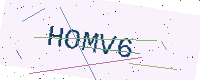
Text: HOMV6